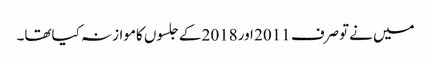
میں نےتوصرف 2011 اور2018 کےجلسوں کاموازنہ کیاتھا۔